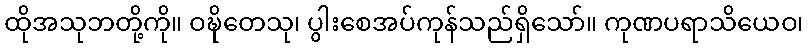
ထိုအသုဘတို့ကို။ ဝဍ္ဎိတေသု၊ ပွါးစေအပ်ကုန်သည်ရှိသော်။ ကုဏပရာသိယေဝ၊